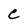
Character: C